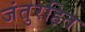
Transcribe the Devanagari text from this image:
जंतुरहित